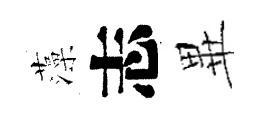
藻志𭺾